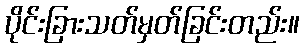
ပိုင်းခြားသတ်မှတ်ခြင်းတည်း။